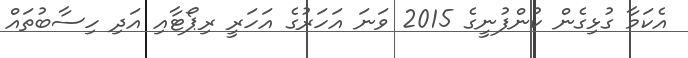
އެކަމާ ގުޅިގެން ކުންފުނީގެ 2015 ވަނަ އަހަރުގެ އަހަރީ ރިޕޯޓާއި އަދި ހިސާބުތައް